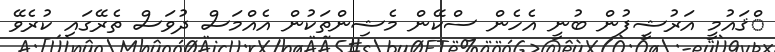
ްްޤައުމީ އަރުޝީފުން ބުނީ އެހެން ސްކޭން މެޝިންތަކުން އެއްމަސް ދުވަސް ތެރޭގައި ކުރެވޭ